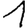
Digit: 1